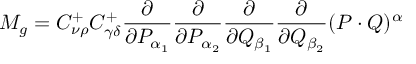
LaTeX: M _ { g } = C _ { \nu \rho } ^ { + } C _ { \gamma \delta } ^ { + } \frac { \partial } { \partial P _ { \alpha _ { 1 } } } \frac { \partial } { \partial P _ { \alpha _ { 2 } } } \frac { \partial } { \partial Q _ { \beta _ { 1 } } } \frac { \partial } { \partial Q _ { \beta _ { 2 } } } ( P \cdot Q ) ^ { \alpha }